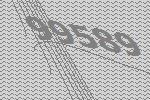
99589